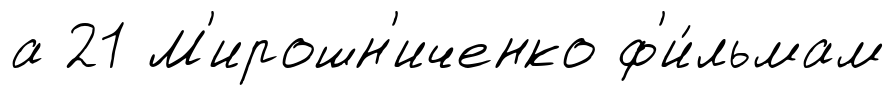
а 21 М'ирошн'иченко ф'и́льмам